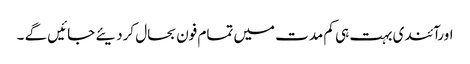
اورآئندی بہت ہی کم مدت میں تمام فون بحال کردیئے جائیں گے ۔